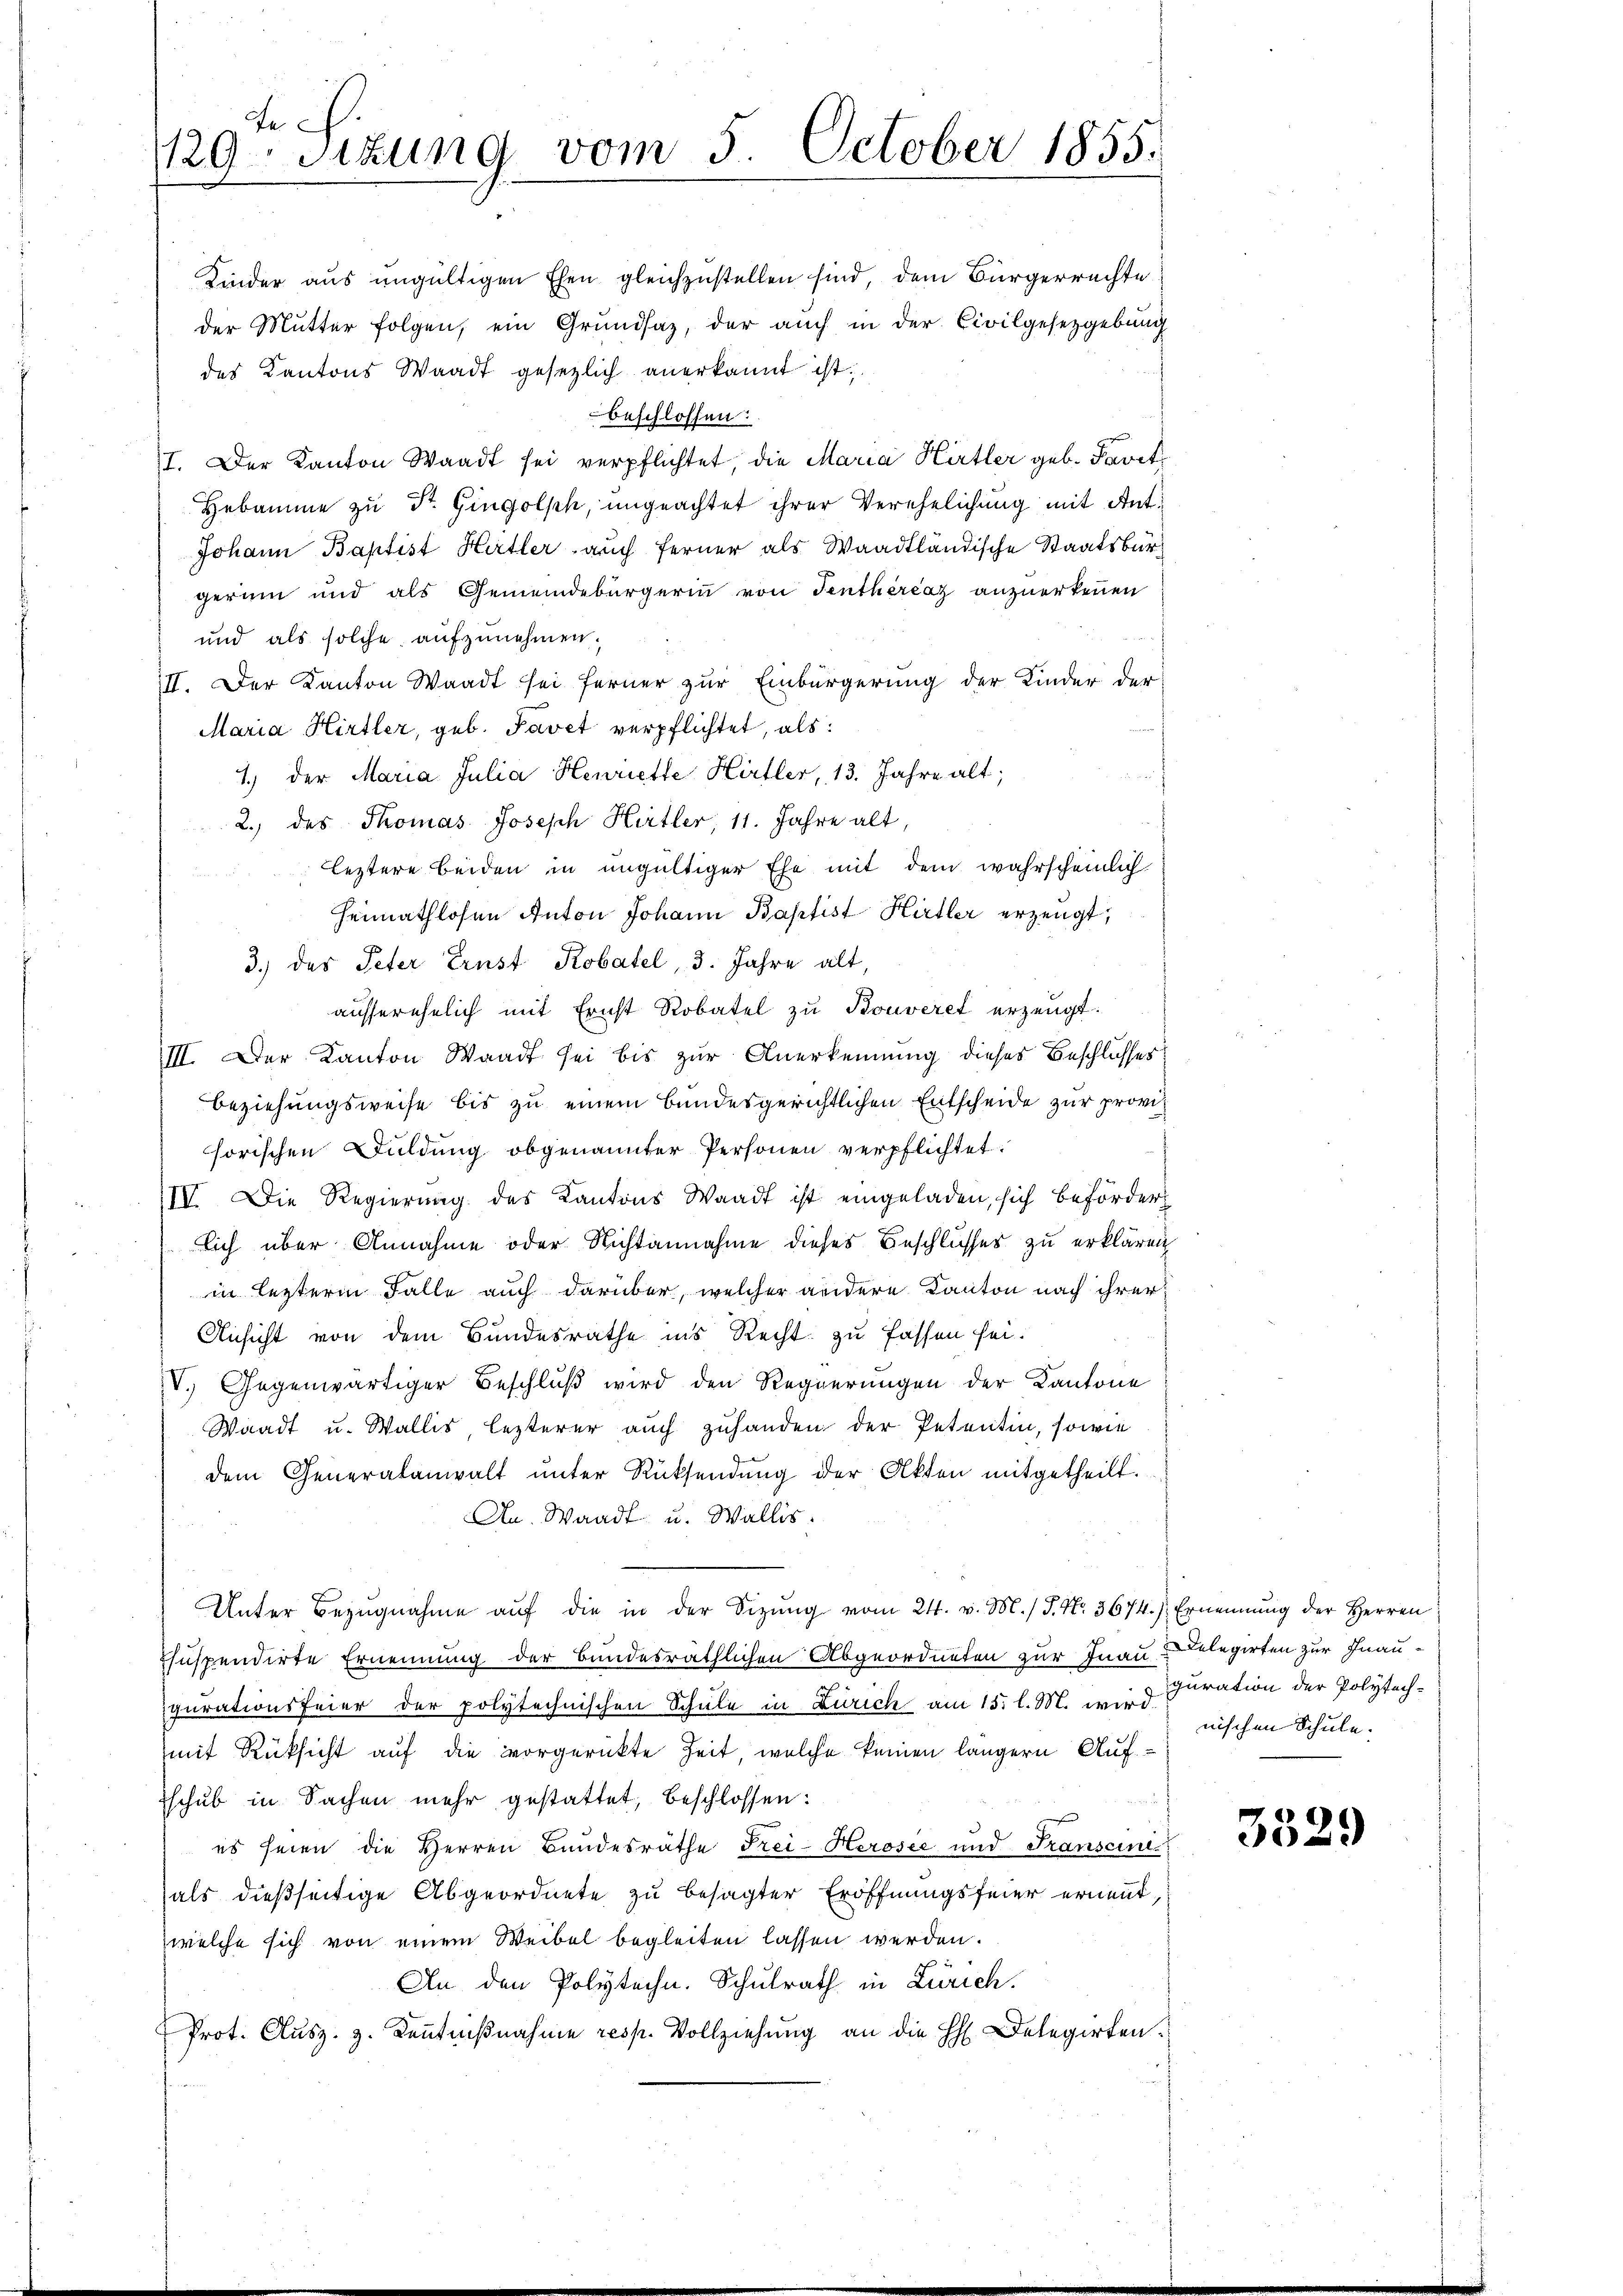
te
1129. Sitzung vom 5. October 1855.
.

beschlossen:
I. Der Kanton Waadt sei verpflichtet, die Maria Hirtler geb. Faret
Hebamme zu Dr. Gingolph, ungeachtet ihrer Verehelichung mit Ant¬
Johann Baptist Hertler auch ferner als Waadtländische Staatsbürgerin und als Gemeindebürgerinn von Tenthérčaz anzuerkennen
und als solche aufzunehmen.
II. Der Kanton Waadt sei ferner zur Einbürgerung der Kinder der
Maria Hirtler, geb. Tavet verpflichtet, als:
1.) der Maria Julia Henriette Hirtler, 13. Jahre alt;
2.) des Thomas Joseph Hirtler, 11. Jahre alt,
leztere beiden in ungültiger Ehe mit dem wahrscheinlich
Heimathlosen Anton Johann Baptist Hirtler erzeugt,
3.) des Peter Ernst Robatel, 3. Jahre alt,
ausserehelich mit Ernst Robatel zu Bouveret erzeugt.
III. Der Kanton Waadt sei bis zur Anerkennung dieses Beschlusses
Beziehungsweise bis zu einem Bundesgerichtlichen Entscheide zur provihorischen Duldung obgenannter Personen verpflichtet:
IV. Die Regierung des Kantons Waadt ist eingeladen, sich beförder
lich über Annahme oder Nichtannahme dieses Beschlusses zu erklären
in lezterm Falle auch darüber, welcher andere Kanton nach ihrer
Ansicht von dem Bundesrathe ins Recht zu fassen sei.
V. Gegenwärtiger Beschluß wird den Regierungen der Kantone
Waadt u. Wallis, lezterer auch zuhanden der Petentin, sowie
dem Generalanwalt ŭnter Rücksendung der Akten mitgetheilt.
An. Waadt u. Wallis.
Unter Bezŭgnahme aŭf die in der Sizŭng vom 24. v. M.) S. Nr. 3674.) Ernennung der Herren
huspendirte Ernennung der Bundesräthlichen Abgeordneten zur Fnau-Relegirten zur Inaugurationsfeier der polytechnischen Schule in Zürich am 15. l. M. wird
mit Rüksicht auf die vorgerückte Zeit, welche keinen längern Auf-
schub in Sachen mehr gestattet, beschlossen:
es seien die Herren Bundesräthe Frei-Herosić und Transcini
als dießseitige Abgeordnete zu besagter Eröffnungsfeier ernennt,
welche sich von einem Weibel begleiten lassen werden.
An den Polytechn. Schulrath in Zürich.
Prot. Ausz. z. Kenntnißnahme resp. Vollziehung an die H. Delegirten.

Kinder aus ungültigen Ehen gleichzustellen sind, dem Bürgerrechte
der Mutter folgen, ein Grundsaz, der auch in der Civilgesetzgebung
des Kantons Waadt gesetzlich anerkannt ist.

puration der Polytechnischen Schule.

3529